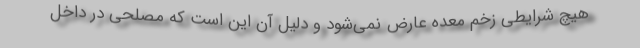
هیچ شرایطی زخم معده عارض نمی‌شود و دلیل آن این است که مصلحی در داخل